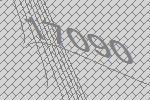
17090